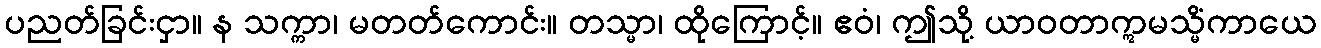
ပညတ်ခြင်းငှာ။ န သက္ကာ၊ မတတ်ကောင်း။ တသ္မာ၊ ထိုကြောင့်။ ဧဝံ၊ ဤသို့ ယာဝတာဣမသ္မိံကာယေ